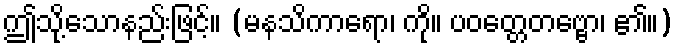
ဤသို့သောနည်းဖြင့်။ (မနသိကာရော၊ ကို။ ပဝတ္တေတဗ္ဗော၊ ၏။)